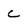
Character: c